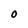
Character: O